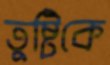
তুষ্টিকে